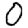
Digit: 0